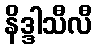
နိဒ္ဒါသီလီ